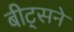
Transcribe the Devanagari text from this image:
बीट्सने